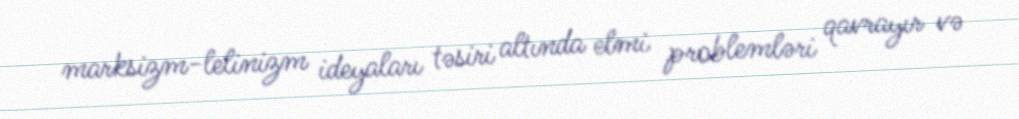
marksizm-lelinizm ideyaları təsiri altında elmi problemləri qavrayır və